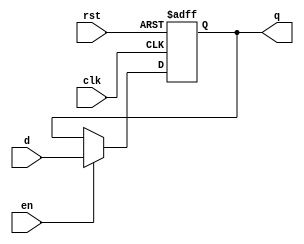
module dff_sena (
     input wire d,
     input wire clk,
     input wire en,
     input wire rst,
     output  reg q
    );

     always @(posedge clk,  posedge rst) begin
        if (rst)
            q <= 1'b0;
        else if(en)
             q <= d;

    end

endmodule